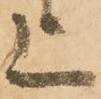
上